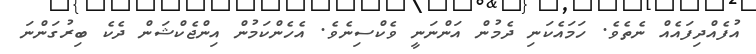
އުފެއްދިފައެއް ނެތެވެ. ހަމައެކަނި ދެމުން އަންނަނީ ވެކްސިނެވެ. އެހެންކަމުން އިންޖެކްޝަން ދެކެ ބިރުގަންނަ